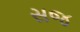
સજ